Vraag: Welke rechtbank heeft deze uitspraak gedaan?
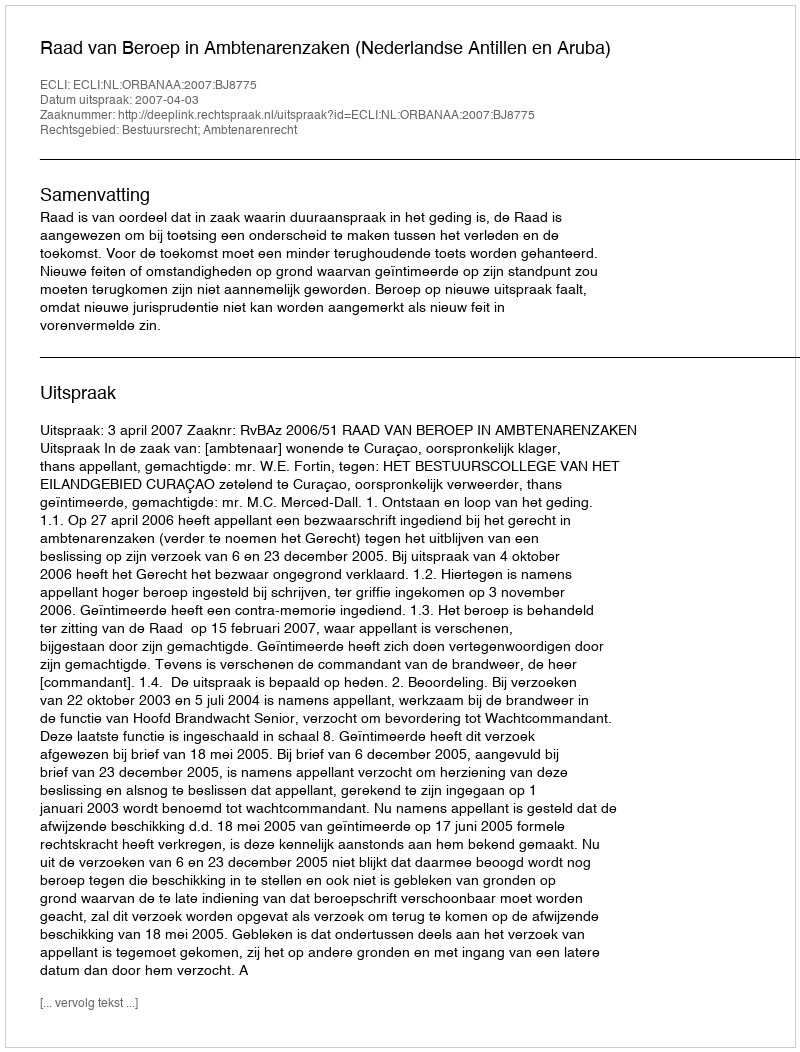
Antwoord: Raad van Beroep in Ambtenarenzaken (Nederlandse Antillen en Aruba)